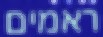
ראמים